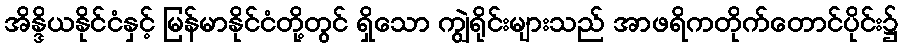
အိန္ဒိယနိုင်ငံနှင့် မြန်မာနိုင်ငံတို့တွင် ရှိသော ကျွဲရိုင်းများသည် အာဖရိကတိုက်တောင်ပိုင်း၌